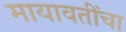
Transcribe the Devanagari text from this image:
मायावतींचा